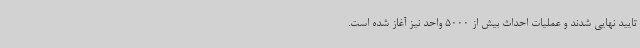
تایید نهایی شدند و عملیات احداث بیش از 5000 واحد نیز آغاز شده است.